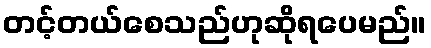
တင့်တယ်စေသည်ဟုဆိုရပေမည်။